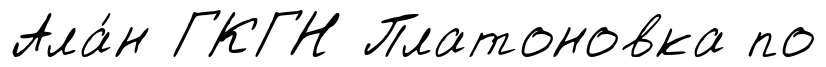
Ала́н ГКГН Платоновка по